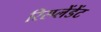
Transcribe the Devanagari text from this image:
रिस्प्लेंडेंट